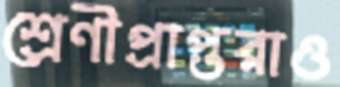
শ্রেণীপ্রাপ্তরাও